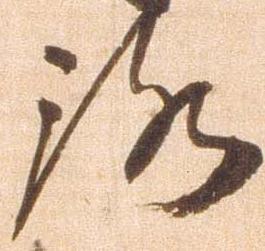
路